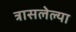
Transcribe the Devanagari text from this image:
त्रासलेल्या